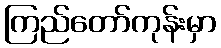
ကြည်တော်ကုန်းမှာ